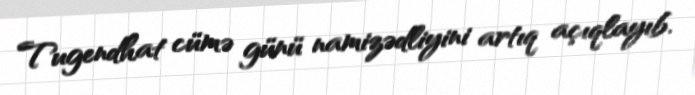
Tugendhat cümə günü namizədliyini artıq açıqlayıb.